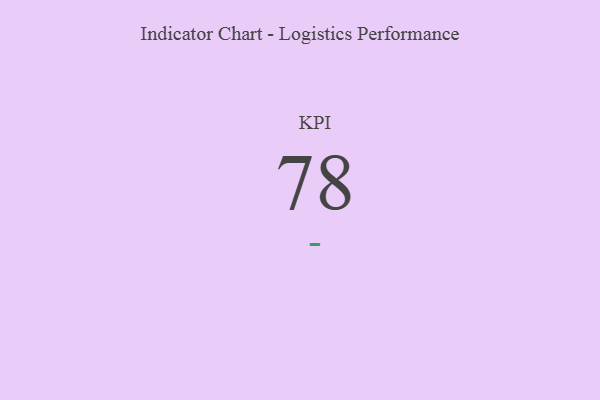
{"axis": {"x": "KPI", "y": "Value"}, "legend": [""], "data": [{"x": "KPI", "y": 78, "type": ""}]}